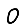
Digit: 0